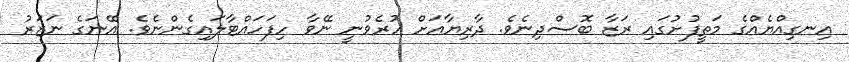
އިނގިއްޔެއްގެ މަތީފުށުގައި ރަޒާ ބޮސްދިނެވެ. ދާރިޔާއަށް ހުރެވުނީ ނޭވާ ހިފަހައްޓާލައިގެންނެވެ. އޭނަގެ ނަޒަރު